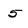
Character: 5